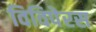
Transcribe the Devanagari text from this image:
विविपेरस